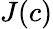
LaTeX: J(c)